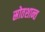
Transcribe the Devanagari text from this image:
स्रोतशान्त